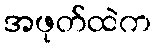
အဖုတ်ထဲက